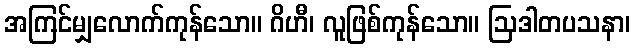
အကြင်မျှလောက်ကုန်သော။ ဂိဟီ၊ လူဖြစ်ကုန်သော။ ဩဒါတပသနာ၊